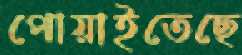
পোয়াইতেছে